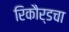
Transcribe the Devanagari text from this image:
रिकौर्डचा